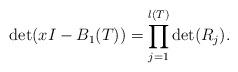
LaTeX: \begin{align*} \det(xI - B_1(T)) &= \prod_{j = 1}^{l(T)} \det(R_j) . \end{align*}